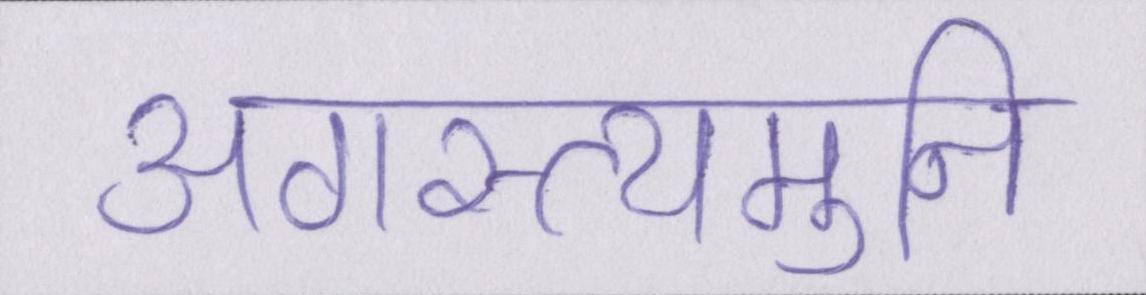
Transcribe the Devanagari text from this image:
अगस्त्यमुनि